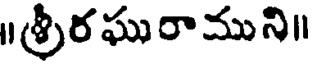
॥శ్రీరఘురాముని॥